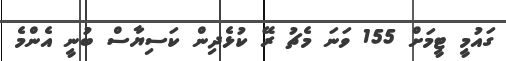
ގައުމީ ޓީމަށް 155 ވަނަ މެޗު ރޭ ކުޅެދިން ކަސިޔާސް ބުނީ އެންމެ